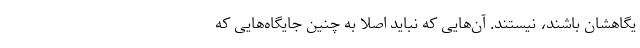
یگاهشان باشند، نیستند. آن‌هایی که نباید اصلا به چنین جایگاه‌هایی که